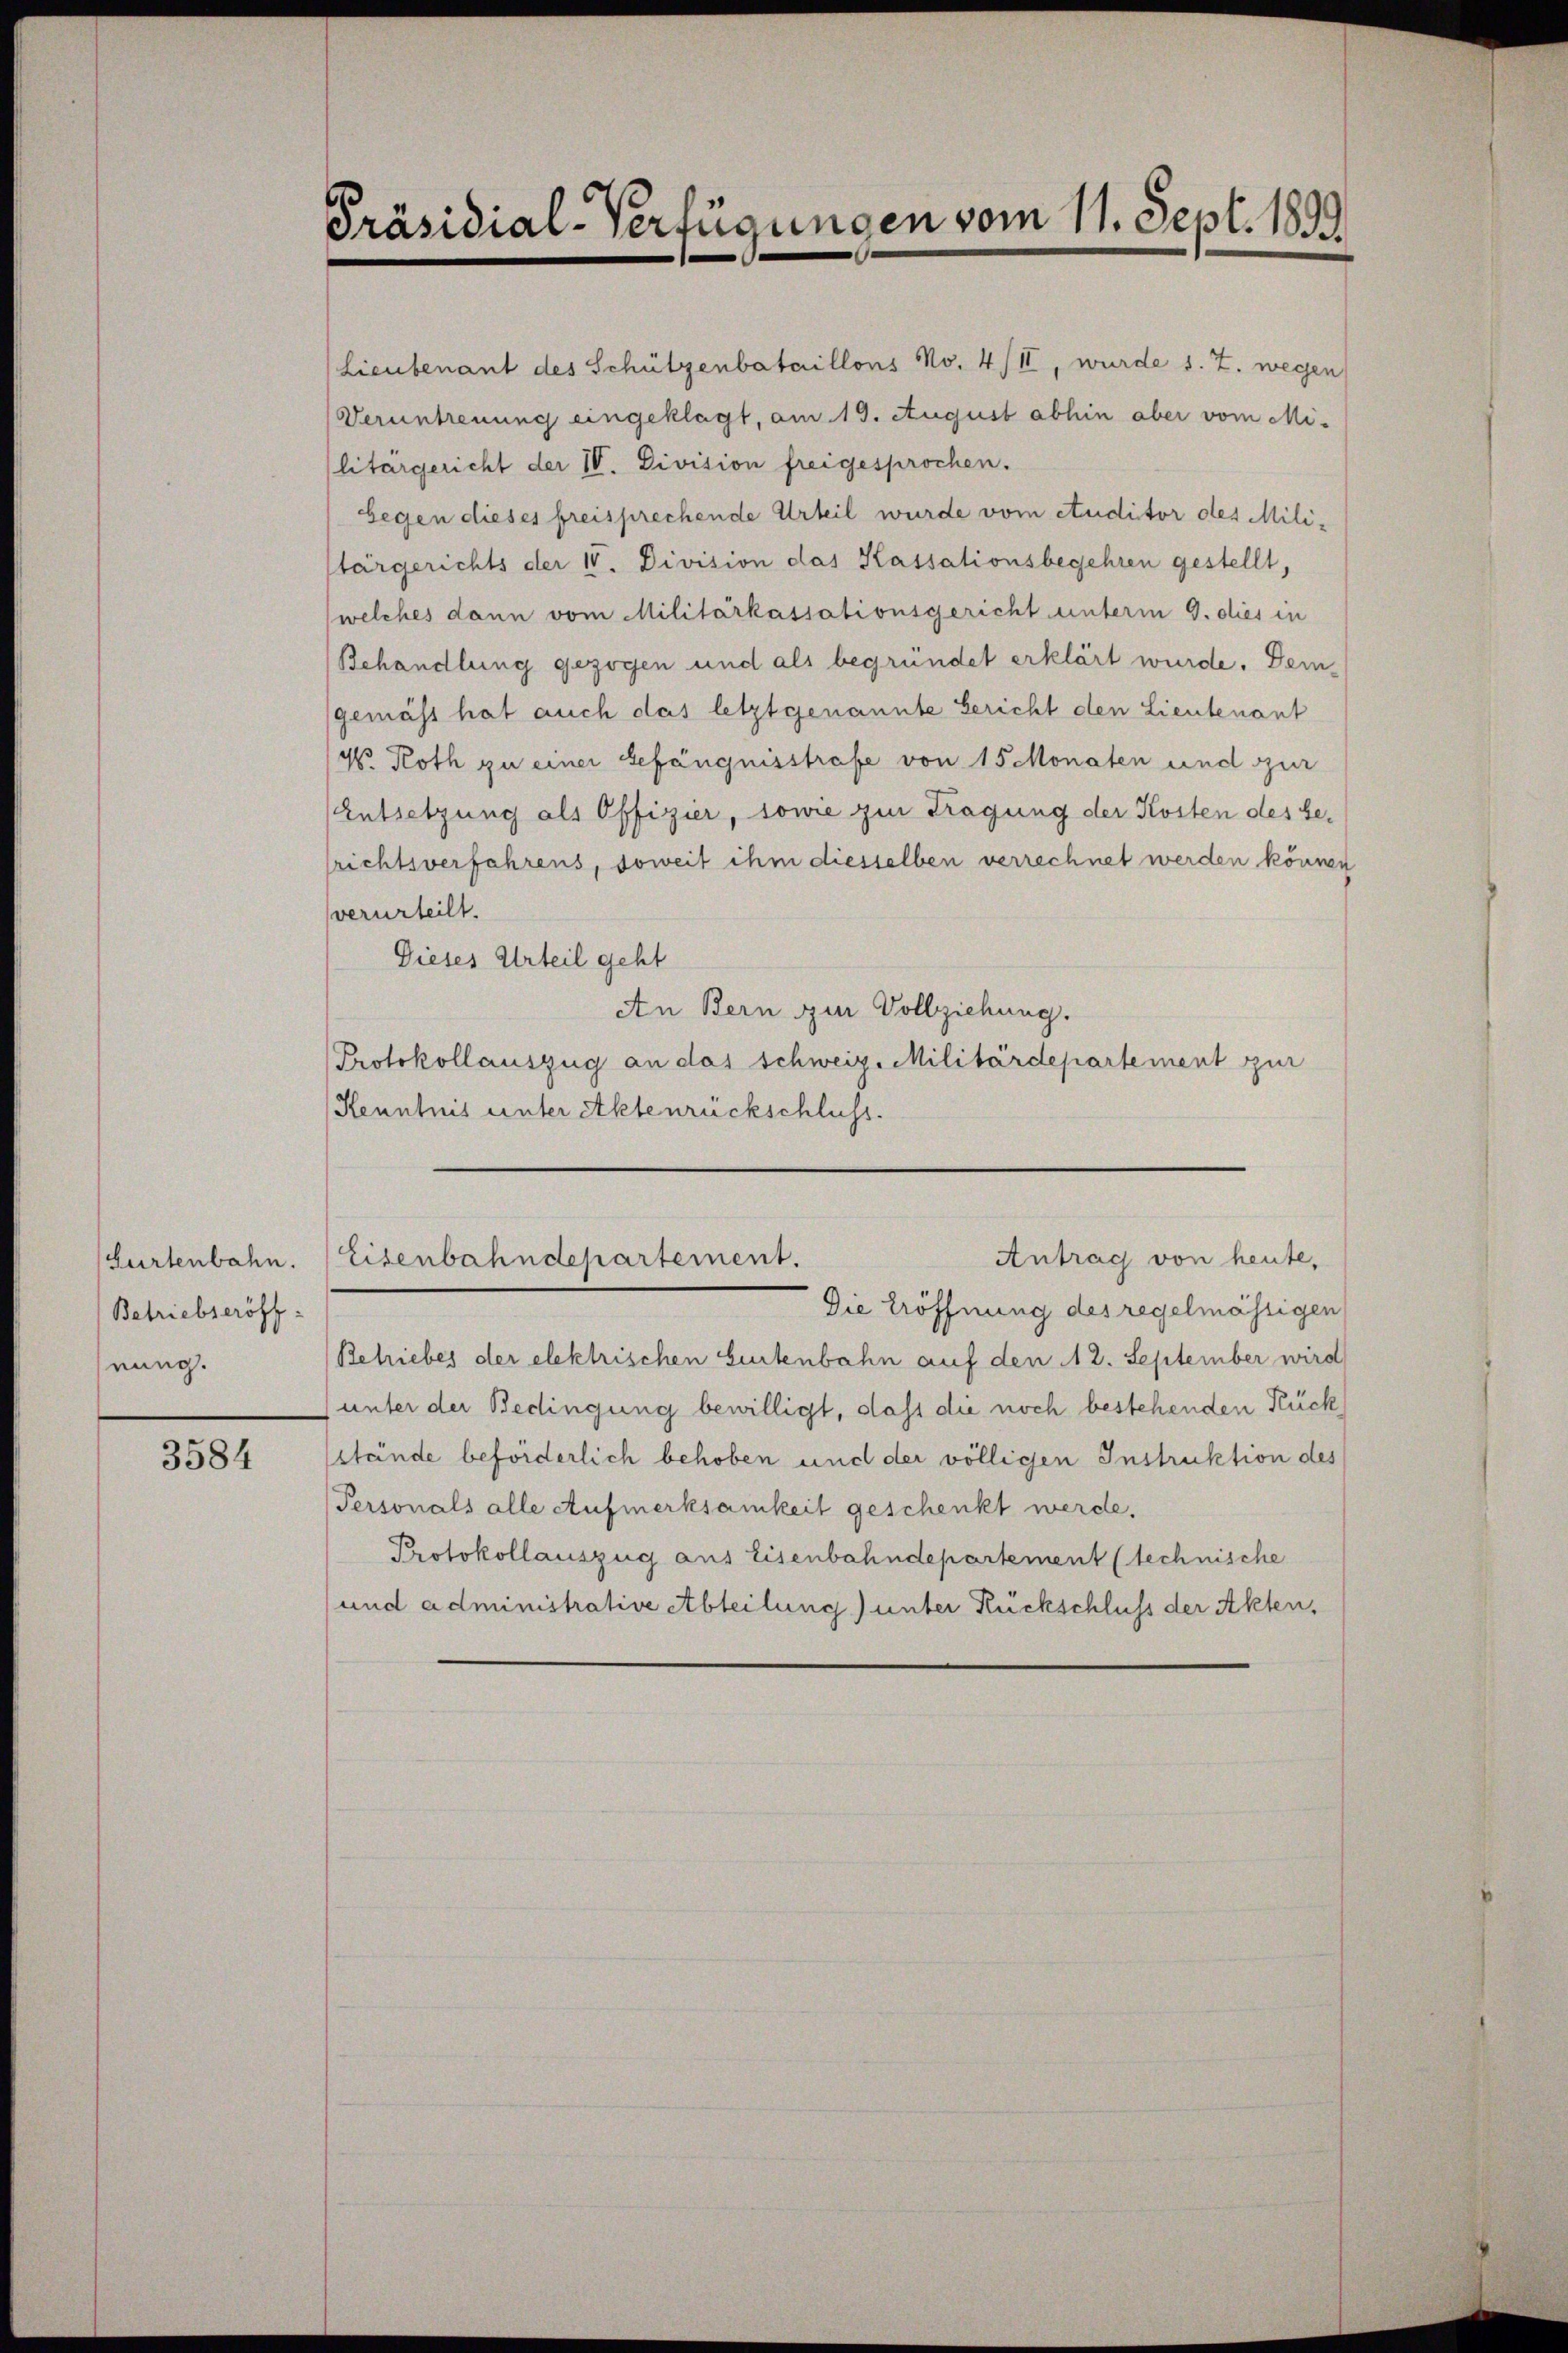
Gurtenbahn.
Betriebseröff:
hnung.

3584

Präsidial-Verfügungen vom 11. Sept. 1899

Lieutenant des Schützenbataillons No. 4/II, wurde s. Z. wegen
Veruntreuung eingeklagt, am 19. August abhin aber vom Mi-
litärgericht der IV. Division freigesprochen.
Gegen dieses freisprechende Urteil wurde vom studitor des Militärgerichts der 10. Division das Kassationsbegehren gestellt,
welches dann vom Militärkassationsgericht unterm 9. dies in
Behandlung gezogen und als begründet erklärt wurde. Dem¬
(gemäss hat auch das letztgenannte Bericht den Lieutenant
Vo. Roth zu einer Gefängnisstrafe von 15 Monaten und zur
(Entsetzung als Offizier, sowie zur Tragung der Kosten des besrichtsverfahrens, soweit ihm diesselben verrechnet werden können
verurteilt.
Dieses Urteil geht
An Bern zur Vollziehung.
Protokollauszug an das Schweiz. Militärdepartement zur
Kenntnis unter Aktenrückschluss.

Die Eröffnung des regelmässigen
Betriebes der elektrischen beitenbahn auf den 12. September wird
unter der Bedingung bewilligt, dass die noch bestehenden Rück
stände beförderlich behoben und der völligen Instruktion des
Personals alle Aufmerksamkeit geschenkt werde.
Protokollauszug aus Eisenbahndepartement technische
und administrative Abteilung) unter Rückschluss der Akten,

Antrag von heute,
Eisenbahndepartement.